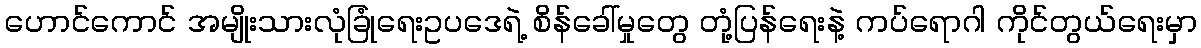
ဟောင်ကောင် အမျိုးသားလုံခြုံရေးဥပဒေရဲ့ စိန်ခေါ်မှုတွေ တုံ့ပြန်ရေးနဲ့ ကပ်ရောဂါ ကိုင်တွယ်ရေးမှာ